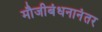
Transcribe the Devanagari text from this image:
मौजीबंधनानंतर